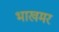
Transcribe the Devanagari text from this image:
भाखमर